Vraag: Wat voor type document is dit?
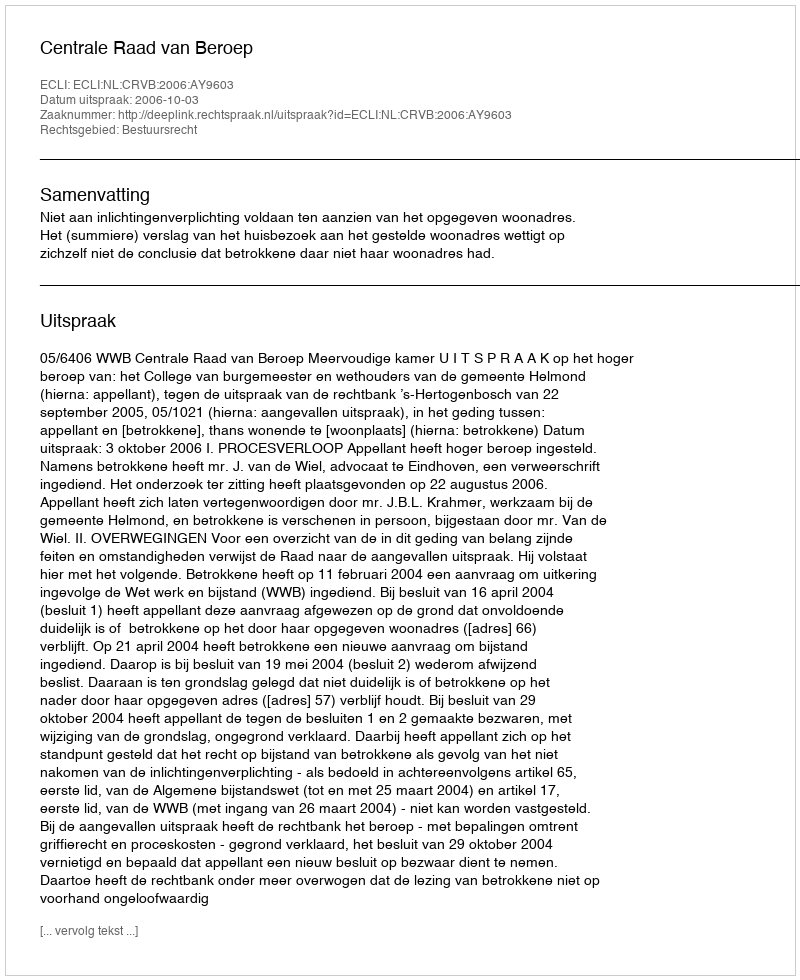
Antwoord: Uitspraak